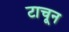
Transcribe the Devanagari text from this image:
टाचून